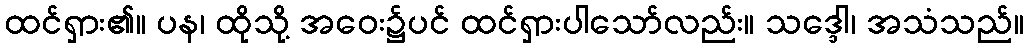
ထင်ရှား၏။ ပန၊ ထိုသို့ အဝေး၌ပင် ထင်ရှားပါသော်လည်း။ သဒ္ဒေါ၊ အသံသည်။